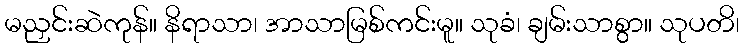
မညှင်းဆဲကုန်။ နိရာသာ၊ အာသာမြစ်ကင်းမူ။ သုခံ၊ ချမ်းသာစွာ။ သုပတိ၊